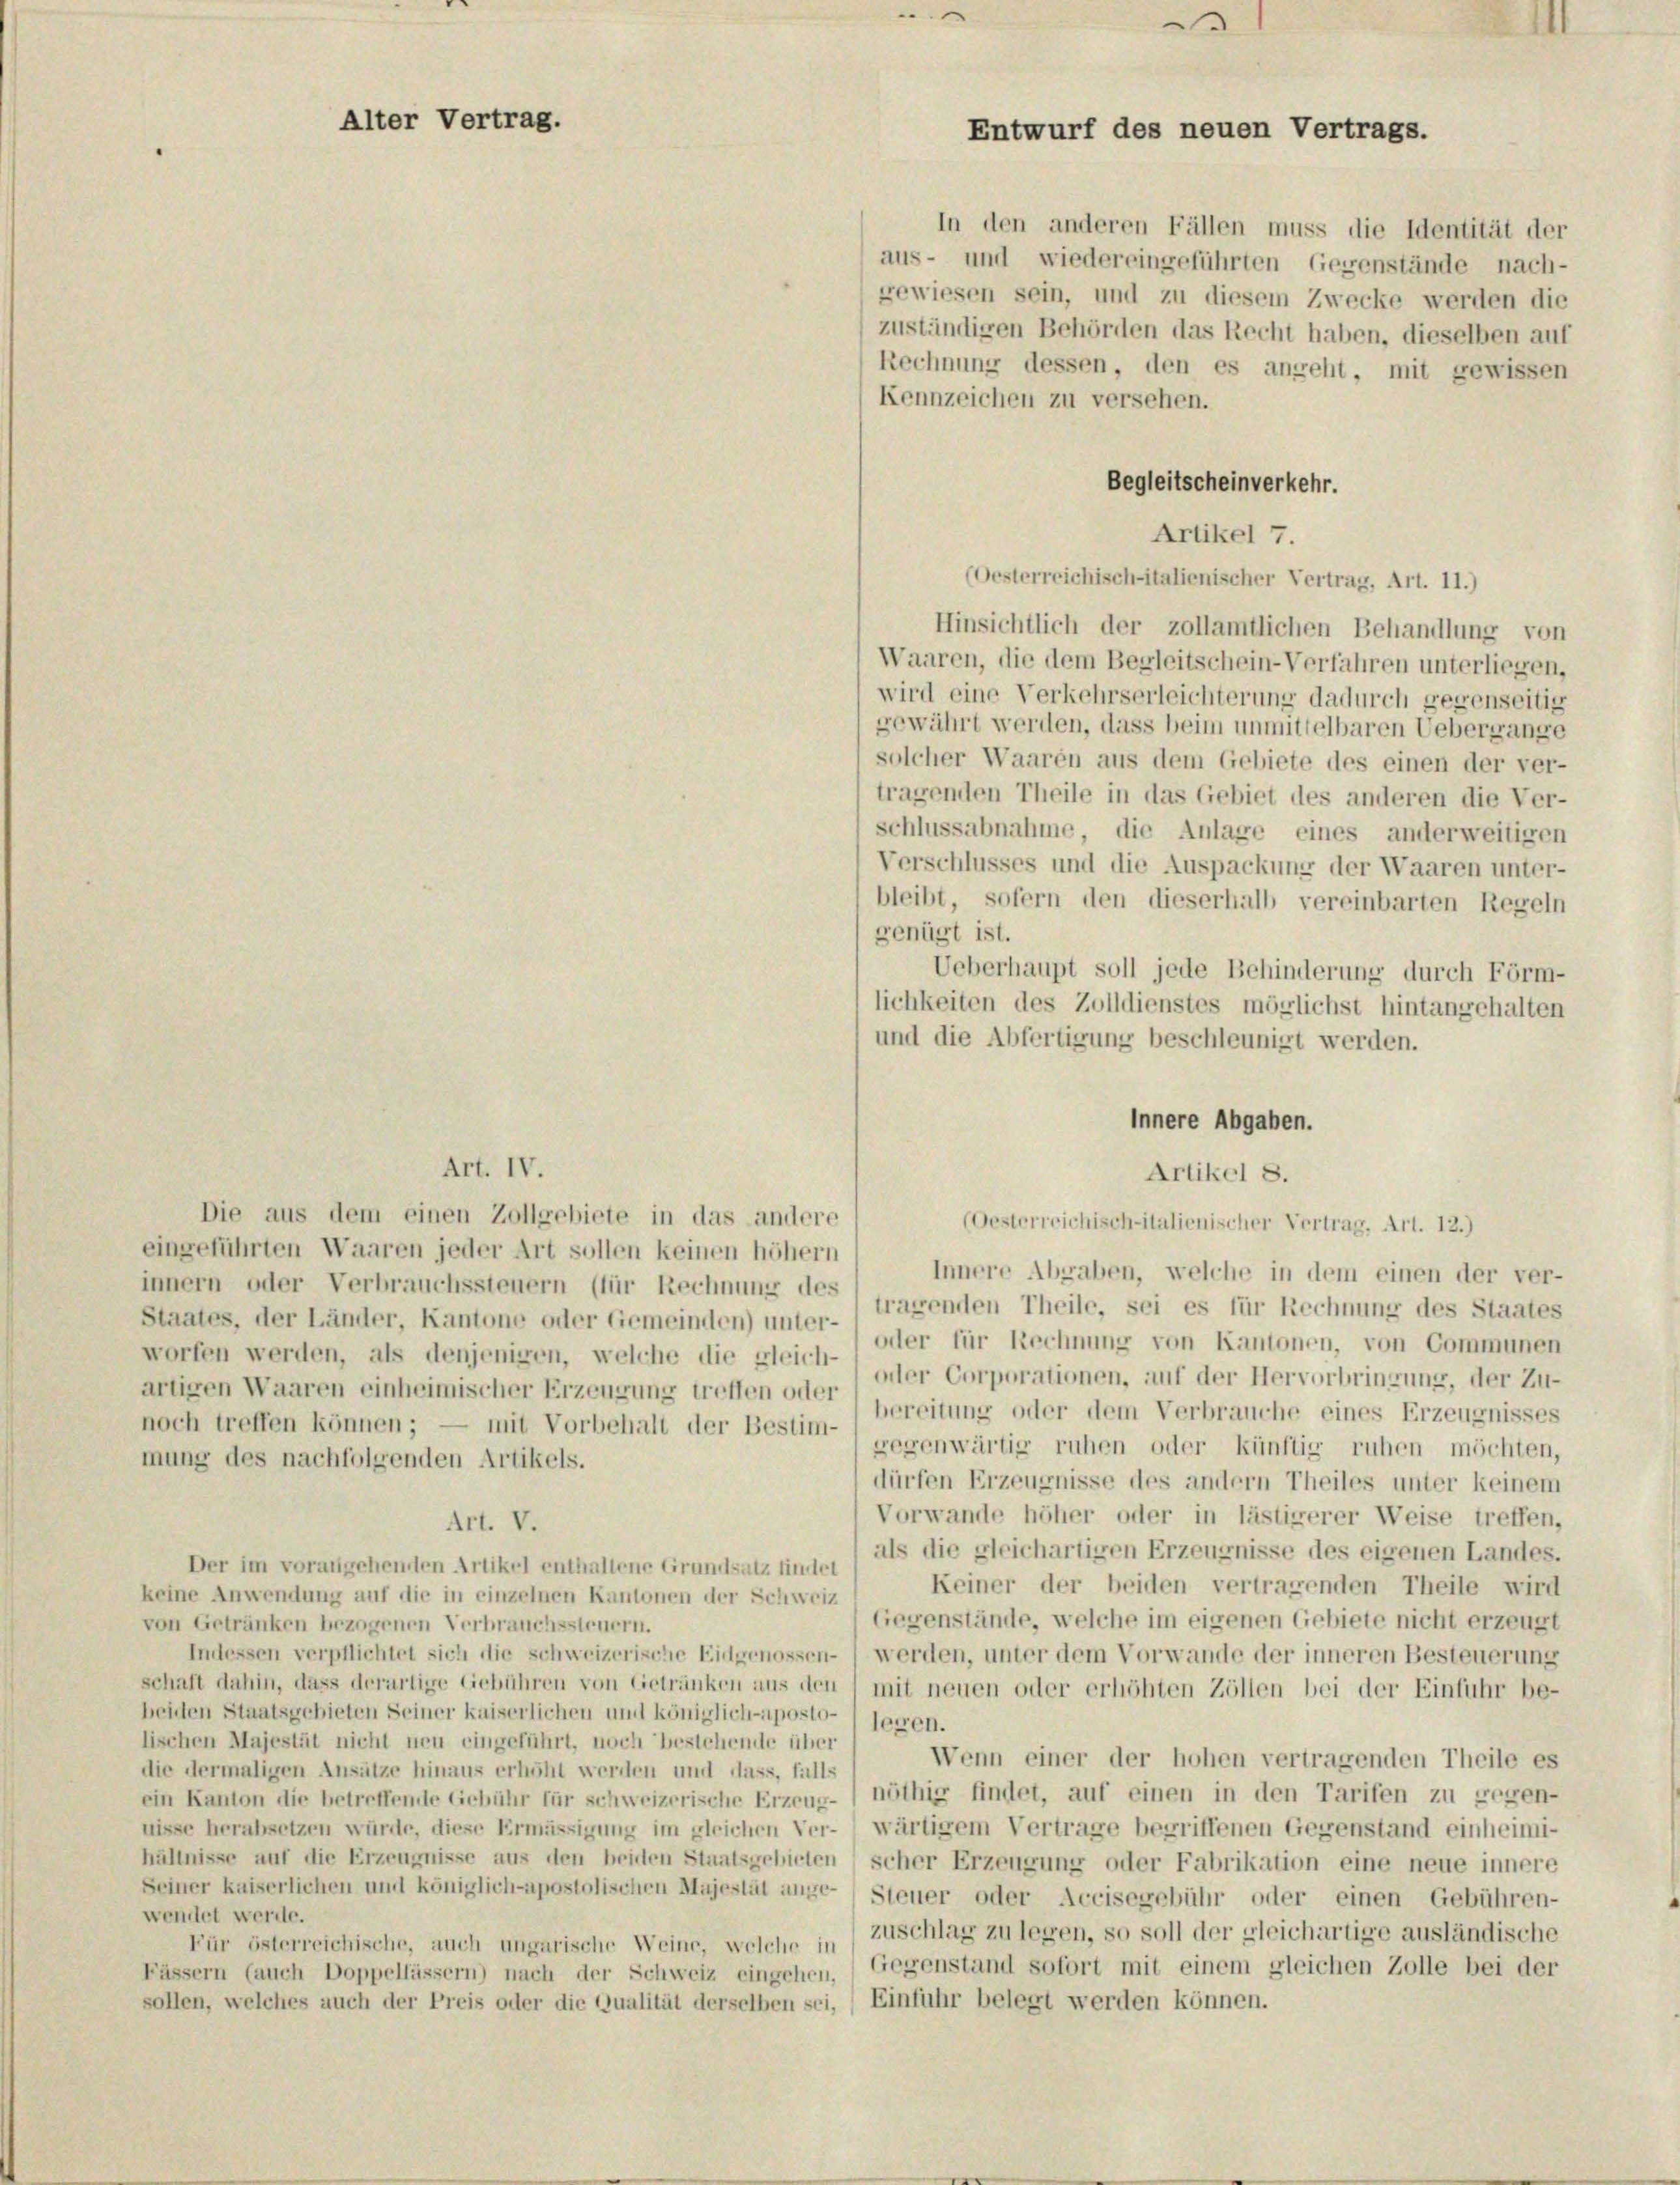
In den anderen Fällen muss die Identität der
aus- und wiedereingeführten Gegenstände nach-
gewiesen sein, und zu diesem Zwecke werden die
zuständigen Behörden das Recht haben, dieselben auf
Rechnung dessen, den es angeht, mit gewissen
Kennzeichen zu versehen.
Begleitscheinverkehr.
Artikel 7.
(Oesterreichisch-italienischer Vertrag, Art. 11.)
Hinsichtlich der zollamtlichen Behandlung von
Waaren, die dem Begleitschein-Verfahren unterliegen,
wird eine Verkehrserleichterung dadurch gegenseitig
gewährt werden, dass beim unmittelbaren Uebergange
solcher Waaren aus dem Gebiete des einen der ver-
tragenden Theile in das Gebiet des anderen die Ver-
schlussabnahme, die Anlage eines anderweitigen
Verschlusses und die Auspackung der Waaren unter-
bleibt, sofern den dieserhalb vereinbarten Regeln
genügt ist.
Ueberhaupt soll jede Behinderung durch Förm-
lichkeiten des Zolldienstes möglichst hintangehalten
und die Abfertigung beschleunigt werden.
Innere Abgaben.
Art. IV.
Artikel 8.
Die aus dem einen Zollgebiete in das andere
(Oesterreichisch-italienischer Vertrag, Art. 12.)
eingeführten Waaren jeder Art sollen keinen höhern
Innere Abgaben, welche in dem einen der ver-
innern oder Verbrauchssteuern (für Rechnung des
tragenden Theile, sei es für Rechnung des Staates
Staates, der Länder, Kantone oder Gemeinden) unter-
oder für Rechnung von Kantonen, von Communen
worfen werden, als denjenigen, welche die gleich-
oder Corporationen, auf der Hervorbringung, der Zu-
artigen Waaren einheimischer Erzeugung treffen oder
bereitung oder dem Verbrauche eines Erzeugnisses
noch treffen können; — mit Vorbehalt der Bestim-
gegenwärtig ruhen oder künftig ruhen möchten,
mung des nachfolgenden Artikels.
dürfen Erzeugnisse des andern Theiles unter keinem
Vorwande höher oder in lästigerer Weise treffen,
Art. V.
als die gleichartigen Erzeugnisse des eigenen Landes.
Der im vorangehenden Artikel enthaltene Grundsatz findet
Keiner der beiden vertragenden Theile wird
keine Anwendung auf die in einzelnen Kantonen der Schweiz
Gegenstände, welche im eigenen Gebiete nicht erzeugt
von Getränken bezogenen Verbrauchssteuern.
Indessen verpflichtet sich die schweizerische Eidgenossen- ) werden, unter dem Vorwande der inneren Besteuerung
schaft dahin, dass derartige Gebühren von Getränken aus den (mit neuen oder erhöhten Zöllen bei der Einfuhr be-
beiden Staatsgebieten Seiner kaiserlichen und königlich-uposto-) seien.
lischen Majestät nicht neu eingeführt, noch bestehende über
Wenn einer der hohen vertragenden Theile es
die dermaligen Ansätze hinaus erhöht werden und dass, falls
ein Kanton die betreffende Gebühr für schweizerische Erzeug- ( nöthig findet, auf einen in den Tarifen zu gegen-
uisse herabsetzen würde, diese Ermässigung im gleichen Ver- wärtigem Vertrage begriffenen Gegenstand einheimi-
hältnisse auf die Erzeugnisse aus den beiden Staatsgebirten) scher Erzeugung oder Fabrikation eine neue innere
Seiner kaiserlichen und königlich-apostolischen Majestät ange-Steuer oder Accisegebühr oder einen Gebühren-
wendet werde.
Für österreichische, auch ungarische Weine, welche in Zuschlag zu legen, so soll der gleichartige ausländische
Fässern (auch Doppellässern) nach der Schweiz eingehen.) Gegenstand sofort mit einem gleichen Zolle bei der
sollen, welches auch der Preis oder die Qualität derselben sei, (Einfuhr belegt werden können.

Alter Vertrag.

.
Entwurf des neuen Vertrags.

1

1